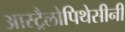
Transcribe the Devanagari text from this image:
आस्ट्रैलोपिथेसीनी